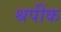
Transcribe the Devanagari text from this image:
श्रपींक